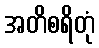
အတိစရိတုံ